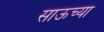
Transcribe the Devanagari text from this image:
साऊच्या